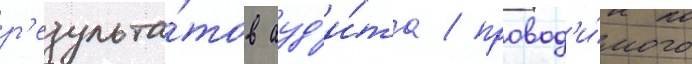
р'езульта́тов ауд'и́та / провод'и́мого